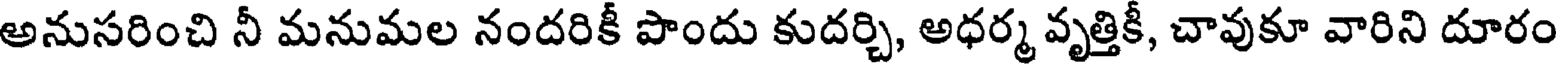
అనుసరించి నీ మనుమల నందరికీ పొందు కుదర్చి, అధర్మ వృత్తికీ, చావుకూ వారిని దూరం